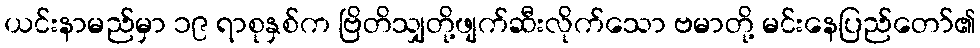
ယင်းနာမည်မှာ ၁၉ ရာစုနှစ်က ဗြိတိသျှတို့ဖျက်ဆီးလိုက်သော ဗမာတို့ မင်းနေပြည်တော်၏